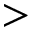
>